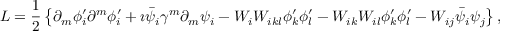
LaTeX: { \cal L } = \frac { 1 } { 2 } \left\{ \partial _ { m } \phi _ { i } ^ { \prime } \partial ^ { m } \phi _ { i } ^ { \prime } + \imath \bar { \psi } _ { i } \gamma ^ { m } \partial _ { m } \psi _ { i } - { \cal W } _ { i } { \cal W } _ { i k l } \phi _ { k } ^ { \prime } \phi _ { l } ^ { \prime } - { \cal W } _ { i k } { \cal W } _ { i l } \phi _ { k } ^ { \prime } \phi _ { l } ^ { \prime } - { \cal W } _ { i j } \bar { \psi } _ { i } \psi _ { j } \right\} ,